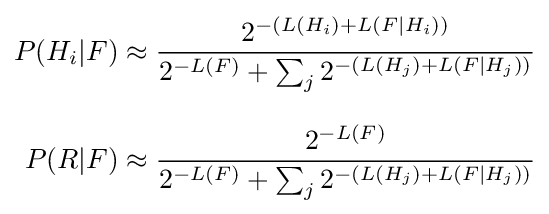
{\begin{aligned}P(H_{i}|F)&\approx {\frac {2^{-(L(H_{i})+L(F|H_{i}))}}{2^{-L(F)}+\sum _{j}{2^{-(L(H_{j})+L(F|H_{j}))}}}}\\[8pt]P(R|F)&\approx {\frac {2^{-L(F)}}{2^{-L(F)}+\sum _{j}{2^{-(L(H_{j})+L(F|H_{j}))}}}}\end{aligned}}